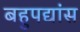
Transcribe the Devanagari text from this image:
बहुपद्यांस